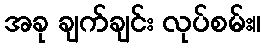
အခု ချက်ချင်း လုပ်စမ်း။